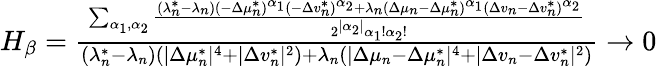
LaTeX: \begin{array}{r}{H_{\beta}=\frac{\sum_{\alpha_{1},\alpha_{2}}{\frac{(\lambda_{n}^{*}-\lambda_{n})(-\Delta\mu_{n}^{*})^{\alpha_{1}}(-\Delta v_{n}^{*})^{\alpha_{2}}+\lambda_{n}(\Delta\mu_{n}-\Delta\mu_{n}^{*})^{\alpha_{1}}(\Delta v_{n}-\Delta v_{n}^{*})^{\alpha_{2}}}{2^{|\alpha_{2}|}\alpha_{1}!\alpha_{2}!}}}{(\lambda_{n}^{*}-\lambda_{n})(|\Delta\mu_{n}^{*}|^{4}+|\Delta v_{n}^{*}|^{2})+\lambda_{n}(|\Delta\mu_{n}-\Delta\mu_{n}^{*}|^{4}+|\Delta v_{n}-\Delta v_{n}^{*}|^{2})}\to 0}\end{array}